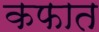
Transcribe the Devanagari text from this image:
कफात